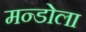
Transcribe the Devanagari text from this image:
मन्डोला